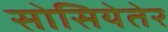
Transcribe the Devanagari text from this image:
सोसियेतेर